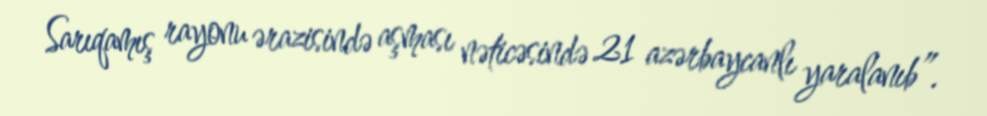
Sarıqamış rayonu ərazisində aşması nəticəsində 21 azərbaycanlı yaralanıb”.